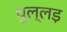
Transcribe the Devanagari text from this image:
चुल्लड़